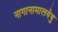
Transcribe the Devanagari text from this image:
नागानामालयेषु